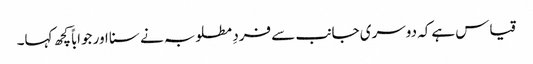
قیاس ہےکہ دوسری جانب سے فردِ مطلوبہ نے سنا اور جواباً کچھ کہا۔